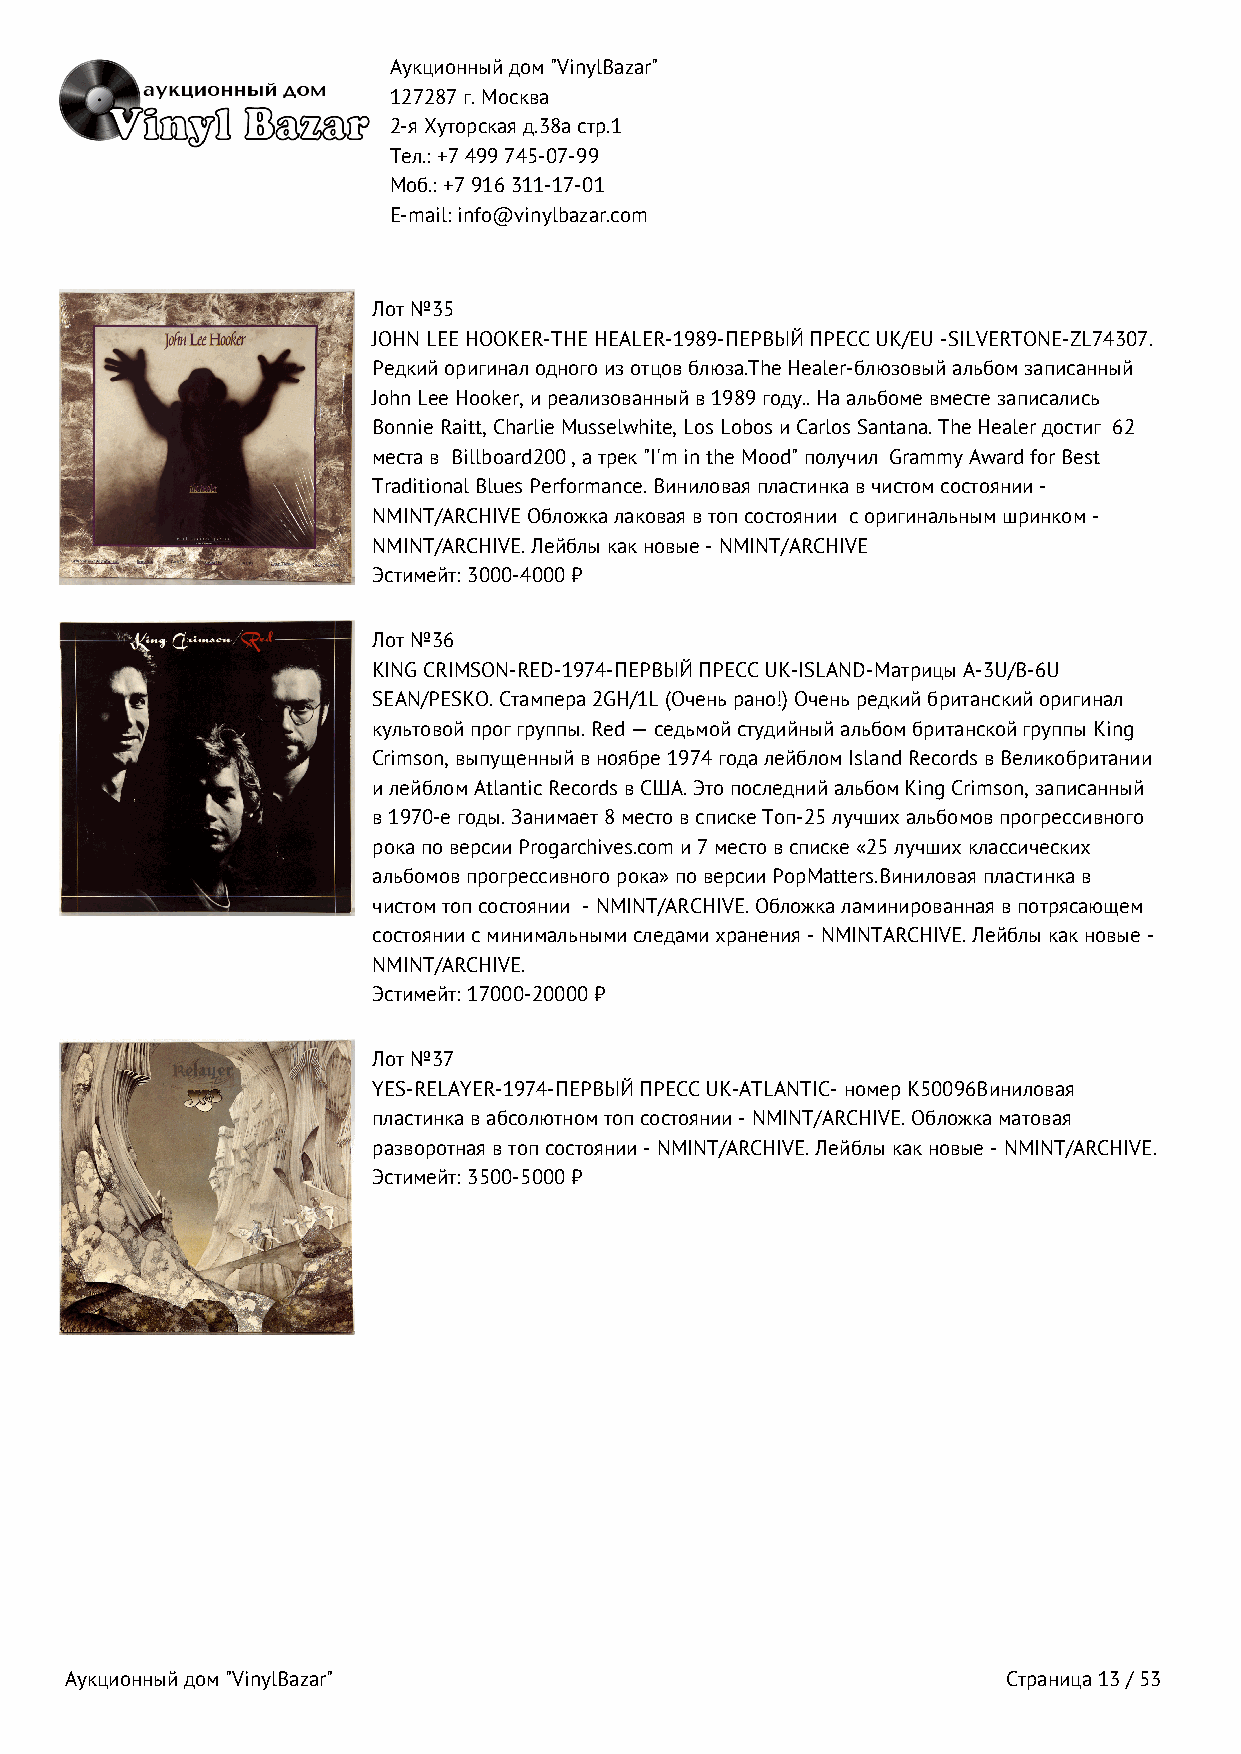
Аукционный дом "VinylBazar"
 127287 г. Москва
 2-я Хуторская д.38а стр.1
 Тел.: +7 499 745‑07‑99
 Моб.: +7 916 311‑17‑01
 E-mail: info@vinylbazar.com
 Лот №35
 JOHN LEE HOOKER-THE HEALER-1989-ПЕРВЫЙ ПРЕСС UK/EU -SILVERTONE-ZL74307.
 Редкий оригинал одного из отцов блюза.The Healer-блюзовый альбом записанный
 John Lee Hooker, и реализованный в 1989 году.. На альбоме вместе записались
 Bonnie Raitt, Charlie Musselwhite, Los Lobos и Carlos Santana. The Healer достиг 62
 места в Billboard200 , а трек "I'm in the Mood" получил Grammy Award for Best
 Traditional Blues Performance. Виниловая пластинка в чистом состоянии -
 NMINT/ARCHIVE Обложка лаковая в топ состоянии с оригинальным шринком -
 NMINT/ARCHIVE. Лейблы как новые - NMINT/ARCHIVE
 Эстимейт: 3000-4000 ₽
 Лот №36
 KING CRIMSON-RED-1974-ПЕРВЫЙ ПРЕСС UK-ISLAND-Матрицы A-3U/B-6U
 SEAN/PESKO. Стампера 2GH/1L (Очень рано!) Очень редкий британский оригинал
 культовой прог группы. Red — седьмой студийный альбом британской группы King
 Crimson, выпущенный в ноябре 1974 года лейблом Island Records в Великобритании
 и лейблом Atlantic Records в США. Это последний альбом King Crimson, записанный
 в 1970-е годы. Занимает 8 место в списке Топ-25 лучших альбомов прогрессивного
 рока по версии Progarchives.com и 7 место в списке «25 лучших классических
 альбомов прогрессивного рока» по версии PopMatters.Виниловая пластинка в
 чистом топ состоянии - NMINT/ARCHIVE. Обложка ламинированная в потрясающем
 состоянии с минимальными следами хранения - NMINTARCHIVE. Лейблы как новые -
 NMINT/ARCHIVE.
 Эстимейт: 17000-20000 ₽
 Лот №37
 YES-RELAYER-1974-ПЕРВЫЙ ПРЕСС UK-ATLANTIC- номер K50096Виниловая
 пластинка в абсолютном топ состоянии - NMINT/ARCHIVE. Обложка матовая
 разворотная в топ состоянии - NMINT/ARCHIVE. Лейблы как новые - NMINT/ARCHIVE.
 Эстимейт: 3500-5000 ₽
 Аукционный дом "VinylBazar"                                    Страница 13 / 53